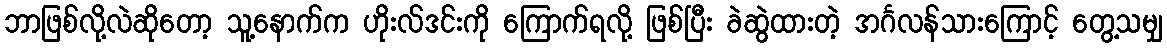
ဘာဖြစ်လို့လဲဆိုတော့ သူ့နောက်က ဟိုးလ်ဒင်းကို ကြောက်ရလို့ ဖြစ်ပြီး ခဲဆွဲထားတဲ့ အင်္ဂလန်သားကြောင့် တွေ့သမျှ